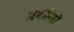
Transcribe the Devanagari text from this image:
अंबंधियों